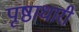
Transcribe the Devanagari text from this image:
पृष्ठाधारी